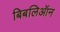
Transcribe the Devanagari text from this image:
बिबलिऑन